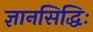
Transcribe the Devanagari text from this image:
ज्ञानसिद्धिः